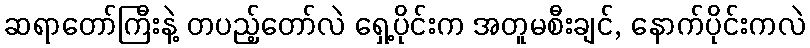
ဆရာတော်ကြီးနဲ့ တပည့်တော်လဲ ရှေ့ပိုင်းက အတူမစီးချင်, နောက်ပိုင်းကလဲ